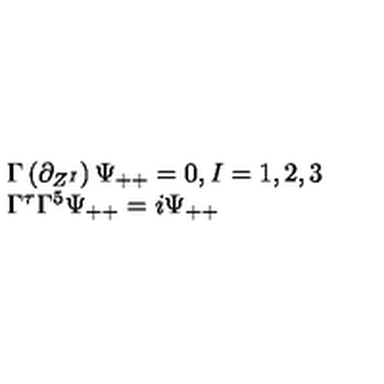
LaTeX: \begin{array} { l } { \Gamma \left( \partial _ { Z ^ { I } } \right) \Psi _ { + + } = 0 , I = 1 , 2 , 3 } \\ { \Gamma ^ { \tau } \Gamma ^ { 5 } \Psi _ { + + } = i \Psi _ { + + } } \\ \end{array}